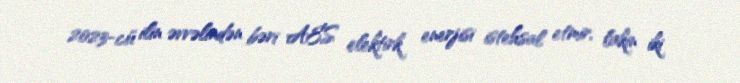
2023-cü ilin əvvəlindən bəri AES elektirk enerjisi istehsal etmir, lakin iki